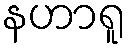
နဟာရူ